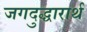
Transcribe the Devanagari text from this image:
जगदुद्धारार्थ